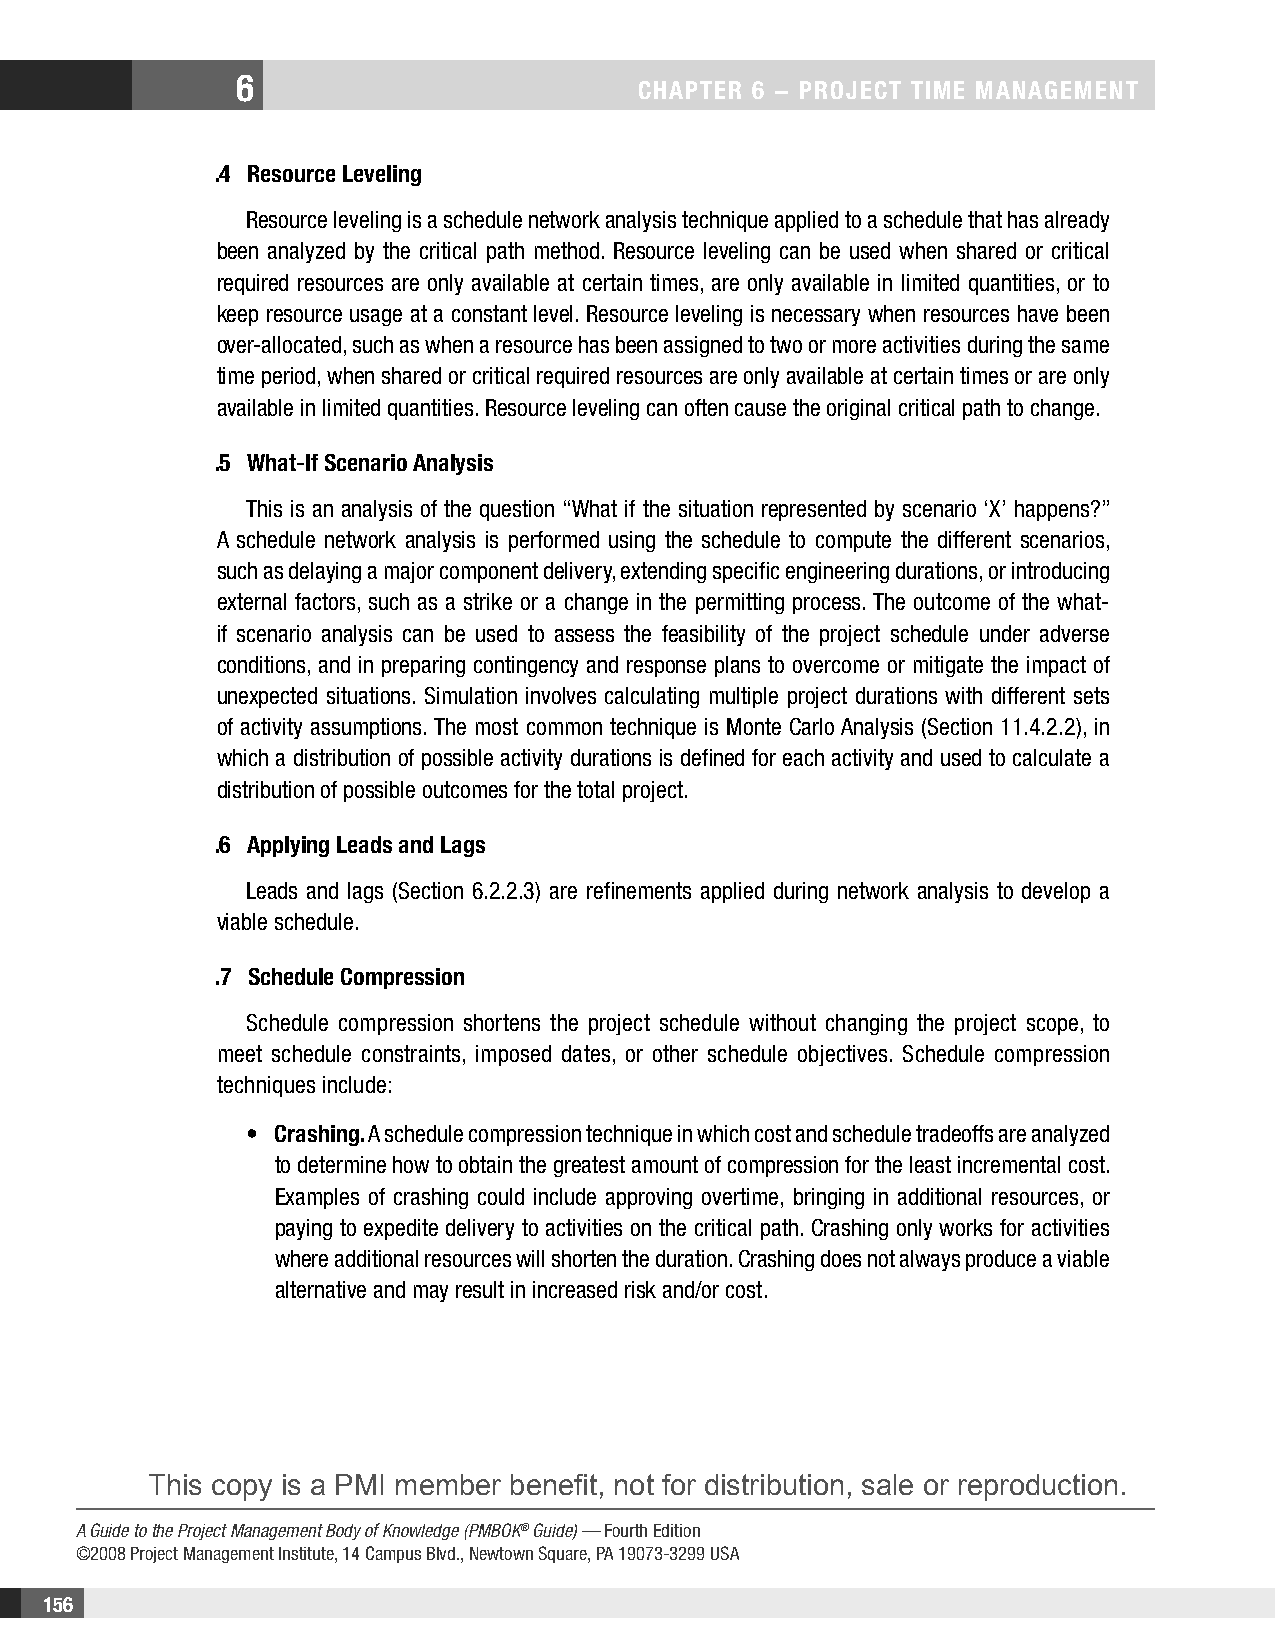
6
 CHAPTER 6 − PRojECT TimE mAnAgEmEnT
 .4 Resource Leveling
 Resource leveling is a schedule network analysis technique applied to a schedule that has already
 been analyzed by the critical path method. Resource leveling can be used when shared or critical
 required resources are only available at certain times, are only available in limited quantities, or to
 keep resource usage at a constant level. Resource leveling is necessary when resources have been
 over-allocated, such as when a resource has been assigned to two or more activities during the same
 time period, when shared or critical required resources are only available at certain times or are only
 available in limited quantities. Resource leveling can often cause the original critical path to change.
 .5 What-if Scenario Analysis
 This is an analysis of the question “What if the situation represented by scenario ‘X’ happens?”
 A schedule network analysis is performed using the schedule to compute the different scenarios,
 such as delaying a major component delivery, extending specific engineering durations, or introducing
 external factors, such as a strike or a change in the permitting process. The outcome of the what-
 if scenario analysis can be used to assess the feasibility of the project schedule under adverse
 conditions, and in preparing contingency and response plans to overcome or mitigate the impact of
 unexpected situations. Simulation involves calculating multiple project durations with different sets
 of activity assumptions. The most common technique is Monte Carlo Analysis (Section 11.4.2.2), in
 which a distribution of possible activity durations is defined for each activity and used to calculate a
 distribution of possible outcomes for the total project.
 .6 Applying Leads and Lags
 Leads and lags (Section 6.2.2.3) are refinements applied during network analysis to develop a
 viable schedule.
 .7 Schedule Compression
 Schedule compression shortens the project schedule without changing the project scope, to
 meet schedule constraints, imposed dates, or other schedule objectives. Schedule compression
 techniques include:
 • Crashing. A schedule compression technique in which cost and schedule tradeoffs are analyzed
 to determine how to obtain the greatest amount of compression for the least incremental cost.
 Examples of crashing could include approving overtime, bringing in additional resources, or
 paying to expedite delivery to activities on the critical path. Crashing only works for activities
 where additional resources will shorten the duration. Crashing does not always produce a viable
 alternative and may result in increased risk and/or cost.
 This copy is a PMI member benefit, not for distribution, sale or reproduction.
 A Guide to the Project Management Body of Knowledge (PMBOK® Guide) — Fourth Edition
 ©2008 Project Management Institute, 14 Campus Blvd., Newtown Square, PA 19073-3299 USA
 156